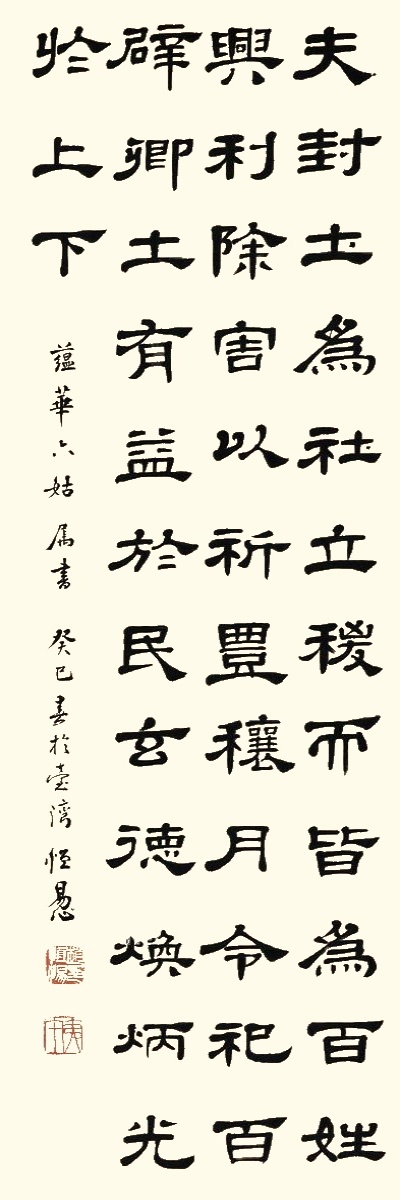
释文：夫封土为社，立稷而皆为百姓兴利除害，以祈丰穰，月令祀百辟卿土有益于民。玄德焕炳，光于上下。蕴华六姑属书，癸巳春于台湾，恒惕。